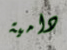
دامية